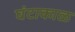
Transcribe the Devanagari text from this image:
घंटाकाळ